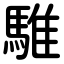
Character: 騅